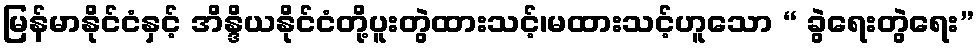
မြန်မာနိုင်ငံနှင့် အိန္ဒိယနိုင်ငံတို့ပူးတွဲထားသင့်၊မထားသင့်ဟူသော “ ခွဲရေးတွဲရေး”